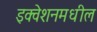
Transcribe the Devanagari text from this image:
इक्वेशनमधील